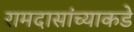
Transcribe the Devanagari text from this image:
रामदासांच्याकडे